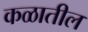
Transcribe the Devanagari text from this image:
कळातील